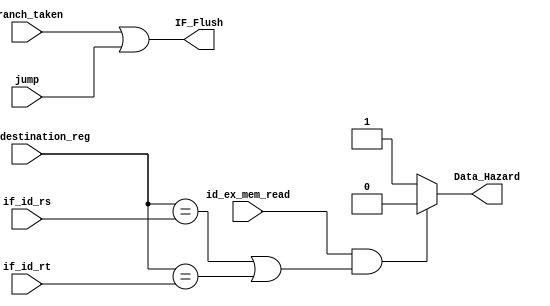
`timescale 1ns / 1ps
//////////////////////////////////////////////////////////////////////////////////
// Company: 
// Engineer: 
// 
// Design Name: 
// Module Name: Data_Hazard
// Project Name: 
// Target Devices: 
// Tool Versions: 
// Description: 
// 
// Dependencies: 
// 
// Revision:
// Revision 0.01 - File Created
// Additional Comments:
// 
//////////////////////////////////////////////////////////////////////////////////


module Hazard_detection(
    input id_ex_mem_read,
    input [4:0]id_ex_destination_reg,
    input [4:0] if_id_rs, if_id_rt,
    input branch_taken, jump,
    output reg Data_Hazard,
    output reg IF_Flush
    );
    
    always @(*)  
    begin
        
	// Copy the code of this module from the lab manual.  
	if((id_ex_mem_read == 1'b1) & ((id_ex_destination_reg == if_id_rs) | (id_ex_destination_reg == if_id_rt)) )
	    Data_Hazard = 1'b0;
	else
	    Data_Hazard =1'b1;
	    
	IF_Flush = branch_taken | jump;
	
    end
endmodule